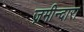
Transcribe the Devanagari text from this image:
ज़मीन्दारा